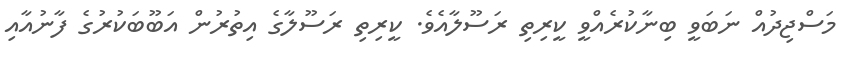
މަސްޖިދުއް ނަބަވީ ބިނާކުރެއްވީ ކީރިތި ރަސޫލާއެވެ. ކީރިތި ރަސޫލާގެ އިތުރުން އަބޫބަކުރުގެ ފާނުއާއި